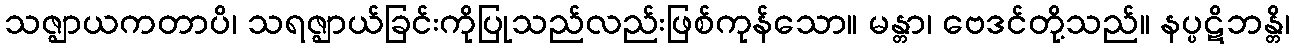
သဇ္ဈာယကတာပိ၊ သရဇ္ဈာယ်ခြင်းကိုပြုသည်လည်းဖြစ်ကုန်သော။ မန္တာ၊ ဗေဒင်တို့သည်။ နပ္ပဋိဘန္တိ၊